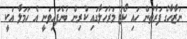
ނަޒާހާގެ ފަރާތުން ހައި ކޯޓު މަރުހަލާގައި ކުރިން ބުނެފައިވަނީ އެ ހަމަލާ އަކީ